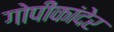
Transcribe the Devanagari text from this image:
गोपीकांदेर